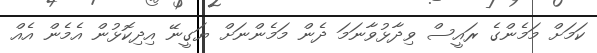
ކަމަށް މަމެންގެ ރައީސް ވިދާޅުވާނަމަ ދެން މަމެންނަށް ޔަގީނޭ އިދިކޮޅުން އެމެން އެއް